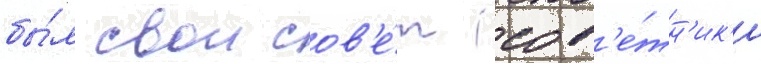
бы́л свои сов'е́т (сов'е́тн'ик'и